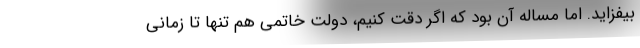
بیفزاید. اما مساله آن بود که اگر دقت کنیم، دولت خاتمی هم تنها تا زمانی